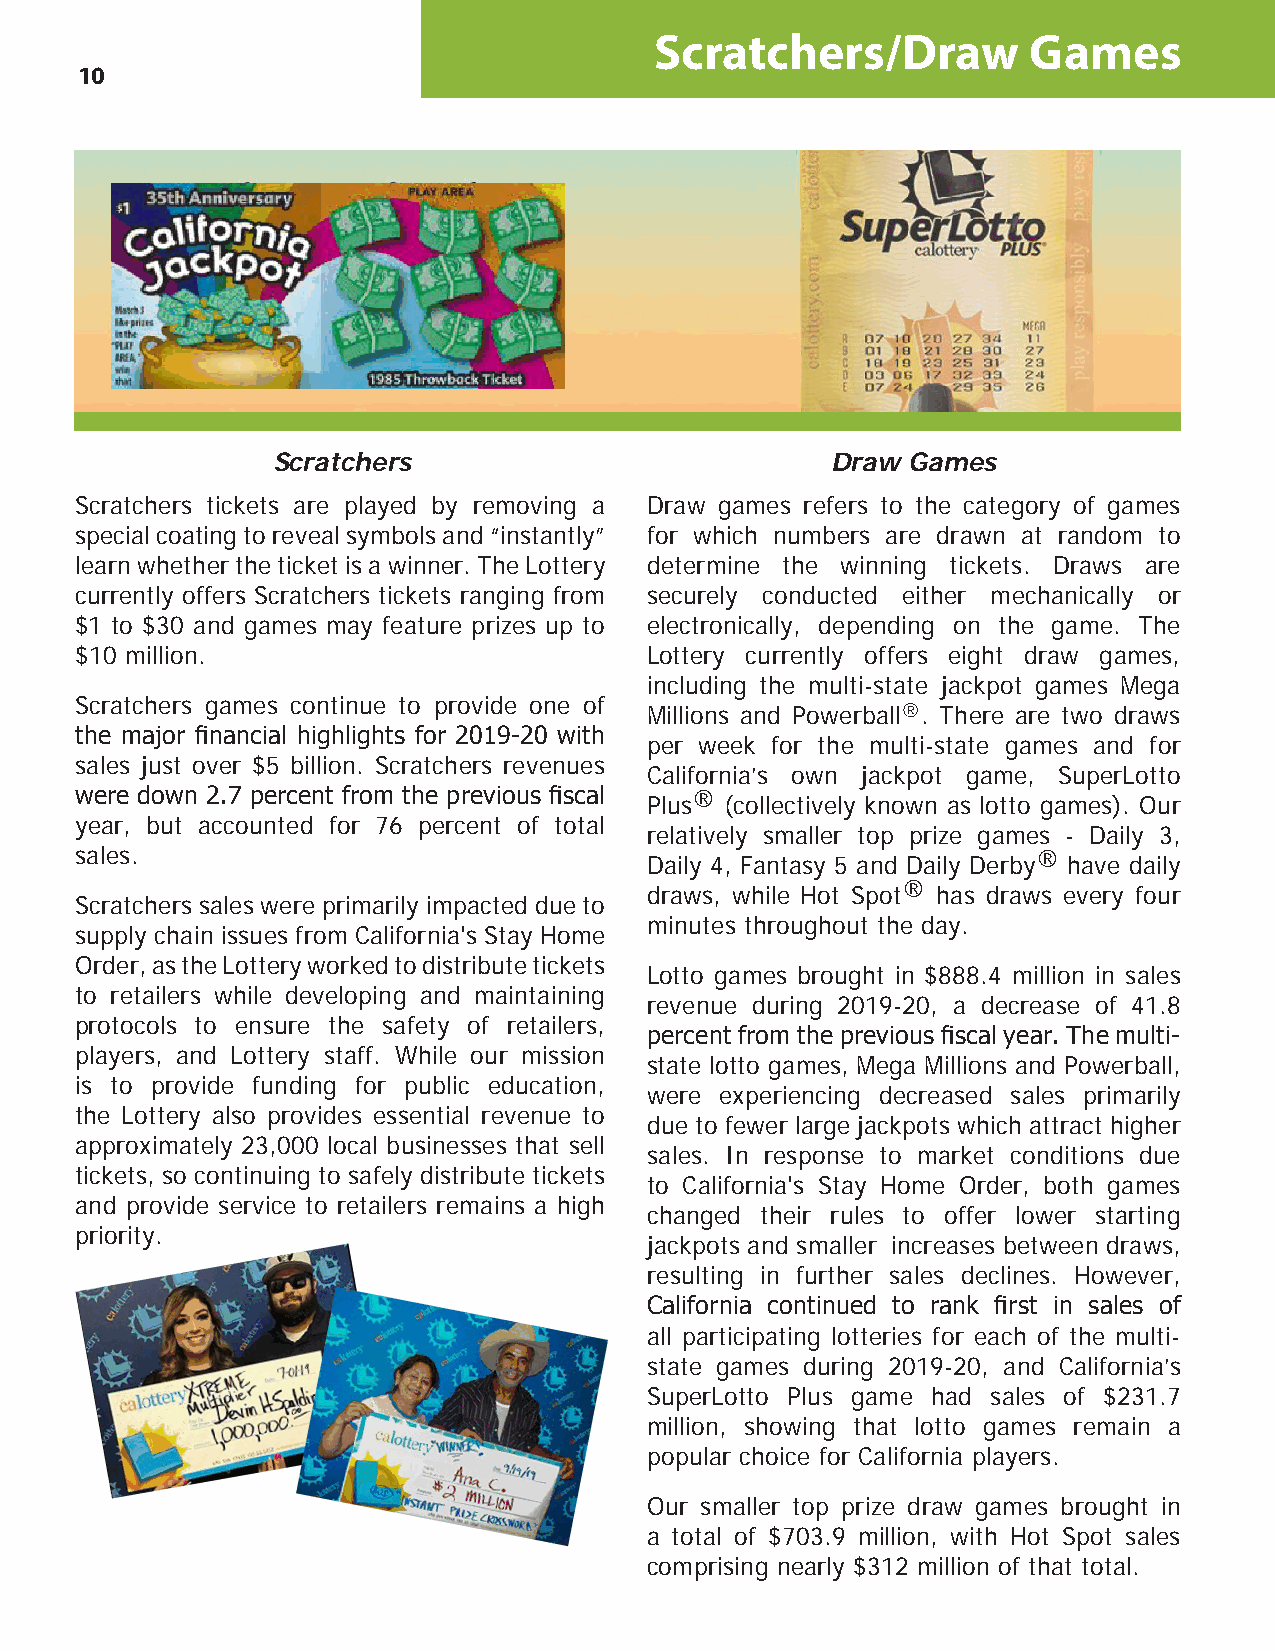
Scratchers/Draw          Games
 10
 Scratchers                           Draw Games
 Scratchers tickets are played by removing a Draw games refers to the category of games
 special coating to reveal symbols and “instantly” for which numbers are drawn at random to
 learn whether the ticket is a winner. The Lottery determine the winning tickets. Draws are
 currently offers Scratchers tickets ranging from securely conducted either mechanically or
 $1 to $30 and games may feature prizes up to electronically, depending on the game. The
 $10 million.                          Lottery currently offers eight draw games,
 including the multi-state jackpot games Mega
 Scratchers games continue to provide one of
 Millions and Powerball®. There are two draws
 the major financial highlights for 2019-20 with
 per week for the multi-state games and for
 sales just over $5 billion. Scratchers revenues
 California’s own jackpot game, SuperLotto
 were down 2.7 percent from the previous fiscal Plus® (collectively known as lotto games). Our
 year, but accounted for 76 percent of total
 relatively smaller top prize games - Daily 3,
 sales.                                Daily 4, Fantasy 5 and Daily Derby® have daily
 draws, while Hot Spot® has draws every four
 Scratchers sales were primarily impacted due to
 minutes throughout the day.
 supply chain issues from California's Stay Home
 Order, as the Lottery worked to distribute tickets
 Lotto games brought in $888.4 million in sales
 to retailers while developing and maintaining
 revenue during 2019-20, a decrease of 41.8
 protocols to ensure the safety of retailers,
 percent from the previous fiscal year. The multi-
 players, and Lottery staff. While our mission
 state lotto games, Mega Millions and Powerball,
 is to provide funding for public education,
 were experiencing decreased sales primarily
 the Lottery also provides essential revenue to
 due to fewer large jackpots which attract higher
 approximately 23,000 local businesses that sell
 sales. In response to market conditions due
 tickets, so continuing to safely distribute tickets
 to California's Stay Home Order, both games
 and provide service to retailers remains a high
 changed their rules to offer lower starting
 priority.
 jackpots and smaller increases between draws,
 resulting in further sales declines. However,
 California continued to rank first in sales of
 all participating lotteries for each of the multi-
 state games during 2019-20, and California’s
 SuperLotto Plus game had sales of $231.7
 million, showing that lotto games remain a
 popular choice for California players.
 Our smaller top prize draw games brought in
 a total of $703.9 million, with Hot Spot sales
 comprising nearly $312 million of that total.